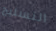
التسليح